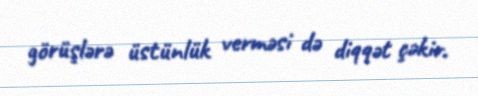
görüşlərə üstünlük verməsi də diqqət çəkir.